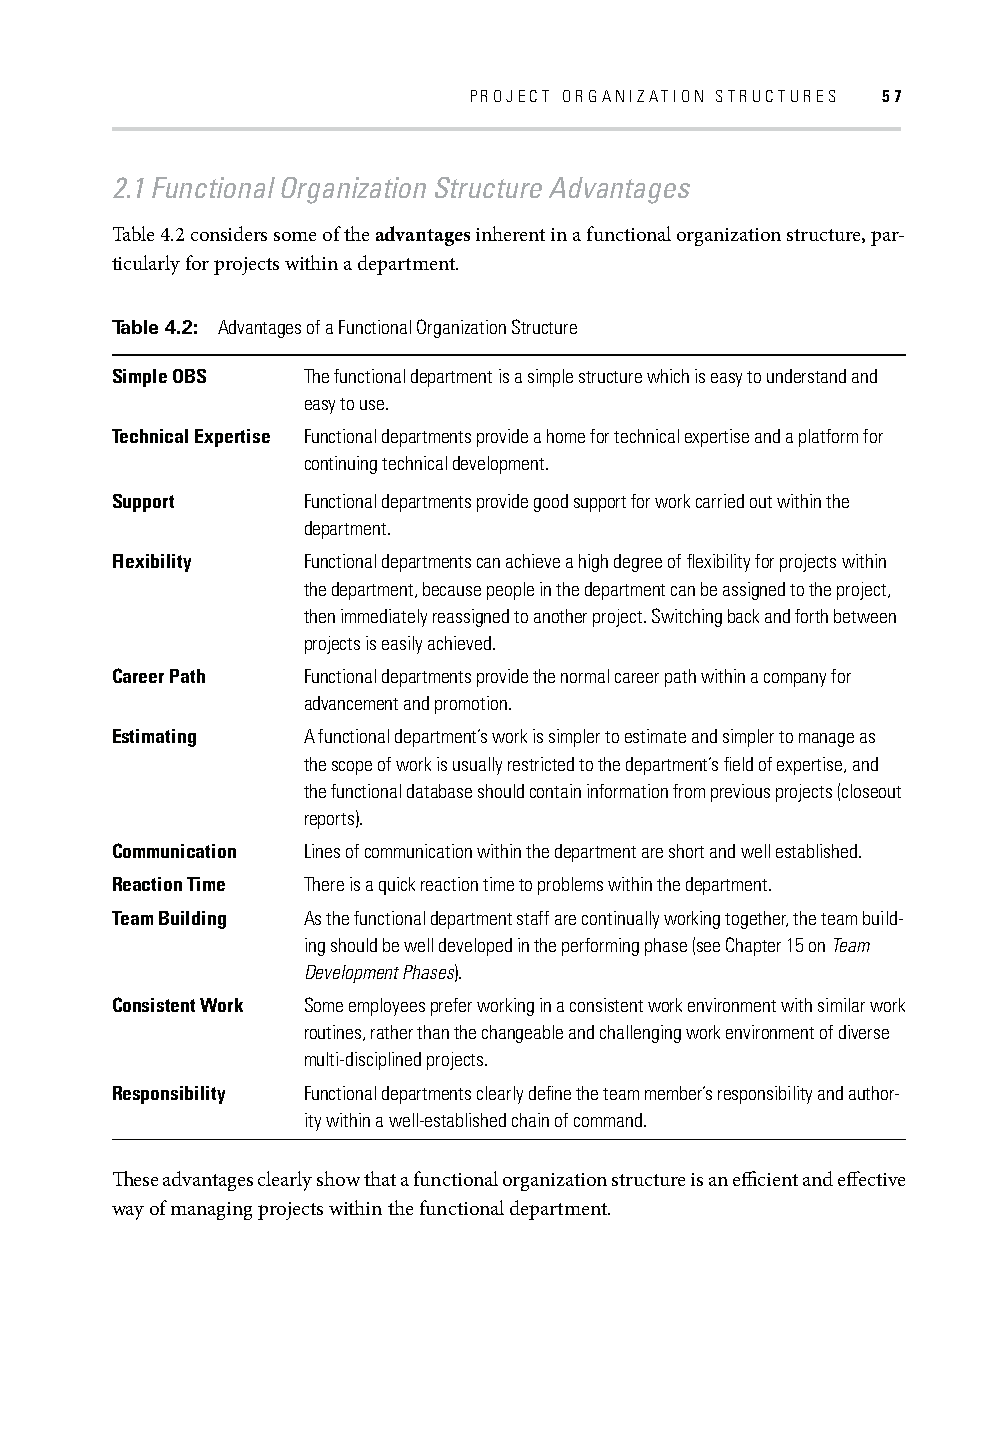
PROJECT ORGANIZATION STRUCTURES 57
 2.1 Functional Organization Structure Advantages
 Table 4.2 considers some of the advantages inherent in a functional organization structure, par-
 ticularly for projects within a department.
 Table 4.2: Advantages of a Functional Organization Structure
 Simple OBS   The functional department is a simple structure which is easy to understand and
 easy to use.
 Technical Expertise Functional departments provide a home for technical expertise and a platform for
 continuing technical development.
 Support      Functional departments provide good support for work carried out within the
 department.
 Flexibility  Functional departments can achieve a high degree of fl exibility for projects within
 the department, because people in the department can be assigned to the project,
 then immediately reassigned to another project. Switching back and forth between
 projects is easily achieved.
 Career Path  Functional departments provide the normal career path within a company for
 advancement and promotion.
 Estimating   A functional department’s work is simpler to estimate and simpler to manage as
 the scope of work is usually restricted to the department’s fi eld of expertise, and
 the functional database should contain information from previous projects (closeout
 reports).
 Communication Lines of communication within the department are short and well established.
 Reaction Time There is a quick reaction time to problems within the department.
 Team Building As the functional department staff are continually working together, the team build-
 ing should be well developed in the performing phase (see Chapter 15 on Team
 Development Phases).
 Consistent Work Some employees prefer working in a consistent work environment with similar work
 routines, rather than the changeable and challenging work environment of diverse
 multi-disciplined projects.
 Responsibility Functional departments clearly defi ne the team member’s responsibility and author-
 ity within a well-established chain of command.
 Th ese advantages clearly show that a functional organization structure is an effi cient and eff ective
 way of managing projects within the functional department.